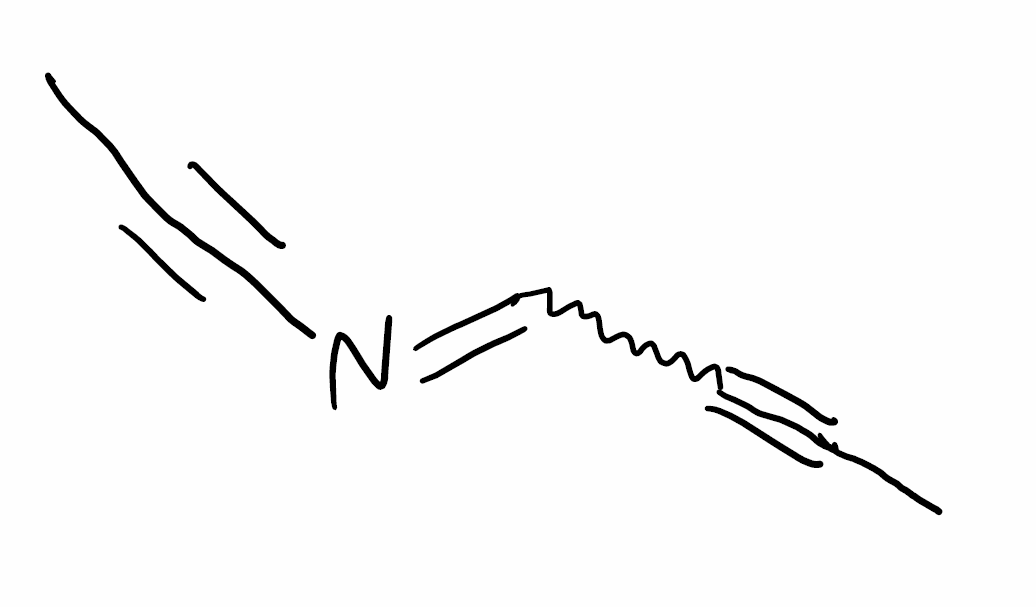
Simplified molecular-input line-entry system (SMILES) notation of the given molecule:
CC#CC=NC#CC